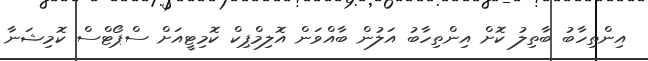
އިންތިހާބު ބާތިލު ކޮށް އިންތިހާބު އަލުން ބާއްވަން އޮލިމްޕިކް ކޮމިޓީއަށް ސްޕޯޓްސް ކޮމިޝަނާ